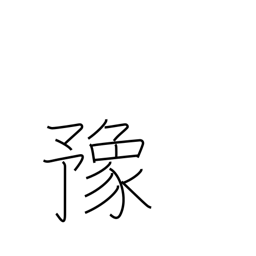
Meaning: at ease